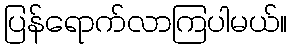
ပြန်ရောက်လာကြပါမယ်။